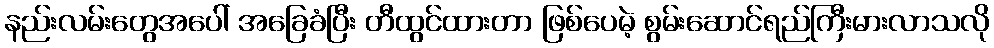
နည်းလမ်းတွေအပေါ် အခြေခံပြီး တီထွင်ထားတာ ဖြစ်ပေမဲ့ စွမ်းဆောင်ရည်ကြီးမားလာသလို